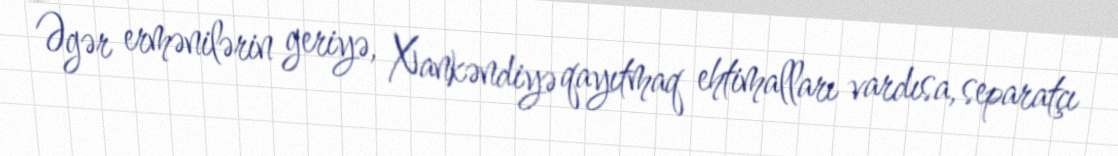
Əgər ermənilərin geriyə, Xankəndiyə qayıtmaq ehtimalları vardısa, separatçı